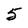
Character: 5